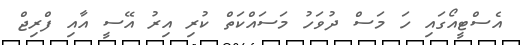
އެސްޓީއޯގައި ހަ މަސް ދުވަހު މަސައްކަތް ކުރި އިރު އޭސީ އާއި ފްރިޖް